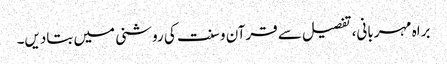
براہ مہربانی، تفصیل سے قرآن و سنت کی روشنی میں بتادیں۔